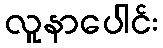
လူနာပေါင်း